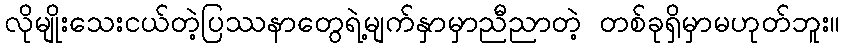
လိုမျိုးသေးငယ်တဲ့ပြဿနာတွေရဲ့မျက်နှာမှာညီညာတဲ့ တစ်ခုရှိမှာမဟုတ်ဘူး။